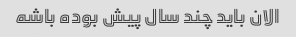
الان باید چند سال پیش بوده باشه